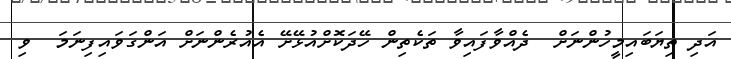
އަދި ތިޔަބައިމީހުންނަށް  ދެއްވާފައިވާ ތަކެތިން ހޭދަކޮށްއުޅޭށޭ އެއުރެންނަށް އަންގަވައިފިނަމަ  ވި